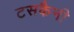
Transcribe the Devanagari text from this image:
टसकैनी